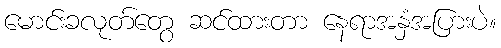
မောင်းခလုတ်တွေ ဆင်ထားတာ နေရာအနှံအပြားပဲ။